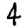
Digit: 4